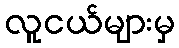
လူငယ်များမှ